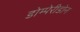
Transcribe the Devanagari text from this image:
डोम्पेरीडोन